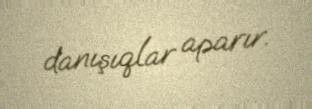
danışıqlar aparır.